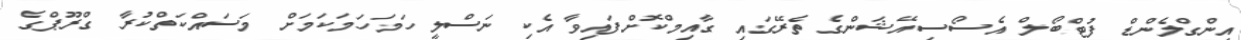
އިންގްލެންޑް ފުޓްބޯލް އެސޯސިއޭޝަންގެ ތެރޭގައި ގާއިމްކޮށްފައިވާ އެކި ނަސްލީ ހަމަހަމަކަމަށް މަސައްކަތްކުރާ ގްރޫޕްގެ